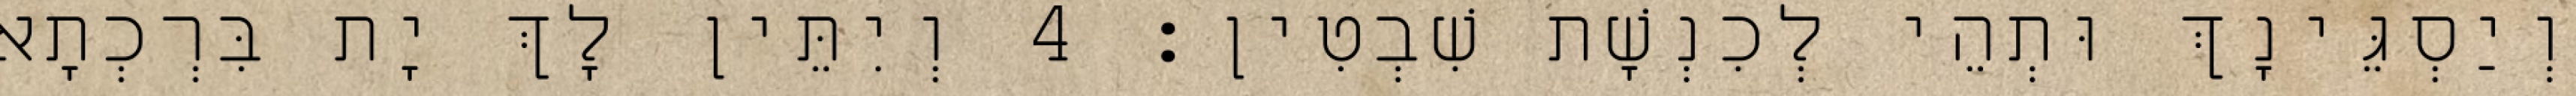
וְיַסְגֵּינָךְ וּתְהֵי לְכִנְשָׁת שִׁבְטִין׃ 4 וְיִתֵּין לָךְ יָת בִּרְכְתָא